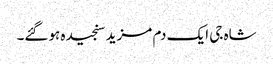
شاہ جی ایک دم مزید سنجیدہ ہوگئے۔